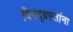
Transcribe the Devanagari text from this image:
विपद्‌ग्रस्तांना